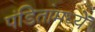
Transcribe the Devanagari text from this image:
पंडितांमध्यें